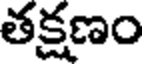
తక్షణం